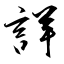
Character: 詳